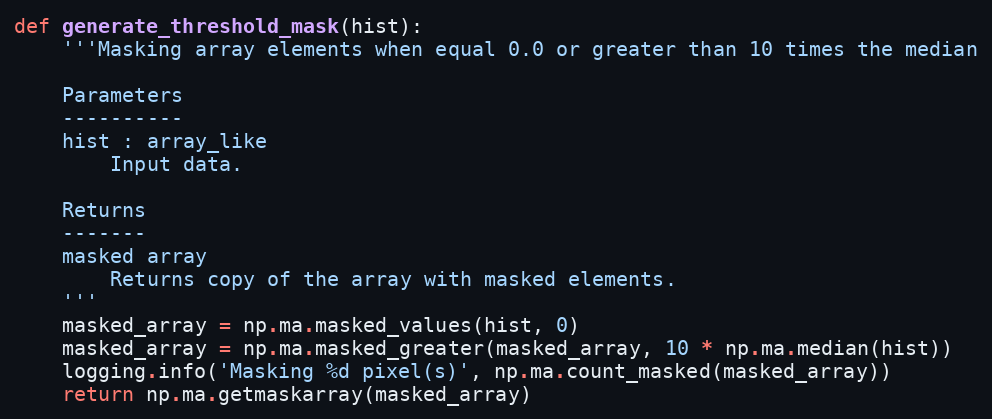
Language: Python
def generate_threshold_mask(hist):
    '''Masking array elements when equal 0.0 or greater than 10 times the median

    Parameters
    ----------
    hist : array_like
        Input data.

    Returns
    -------
    masked array
        Returns copy of the array with masked elements.
    '''
    masked_array = np.ma.masked_values(hist, 0)
    masked_array = np.ma.masked_greater(masked_array, 10 * np.ma.median(hist))
    logging.info('Masking %d pixel(s)', np.ma.count_masked(masked_array))
    return np.ma.getmaskarray(masked_array)